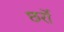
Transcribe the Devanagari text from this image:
छर्रो